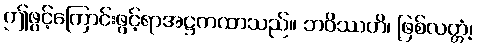
ဤဖွင့်ကြောင်းဖွင့်ရာအဋ္ဌကထာသည်။ ဘဝိဿတိ၊ ဖြစ်လတ္တံ့၊